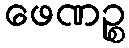
ဖေဏဉ္စ